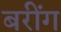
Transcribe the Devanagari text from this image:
बरींग